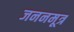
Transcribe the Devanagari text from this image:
जननमूत्र